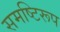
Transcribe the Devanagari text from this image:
समष्टिरूप